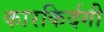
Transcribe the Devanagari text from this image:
कारकिर्दगी